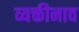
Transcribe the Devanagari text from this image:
व्यक्तीनाव